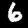
Label: 6